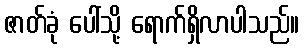
ဇာတ်ခုံ ပေါ်သို့ ရောက်ရှိလာပါသည်။